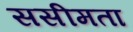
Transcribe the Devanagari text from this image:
ससीमता